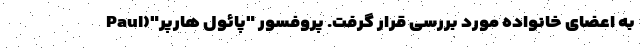
به اعضای خانواده مورد بررسی قرار گرفت. پروفسور "پائول هارپر"(Paul